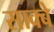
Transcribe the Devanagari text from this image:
साक्बे